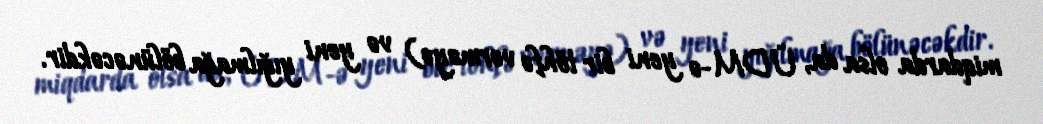
miqdarda olsa da, ÜDM-ə yeni bir töhfə verməyə) və yeni yığılmağa bölünəcəkdir.